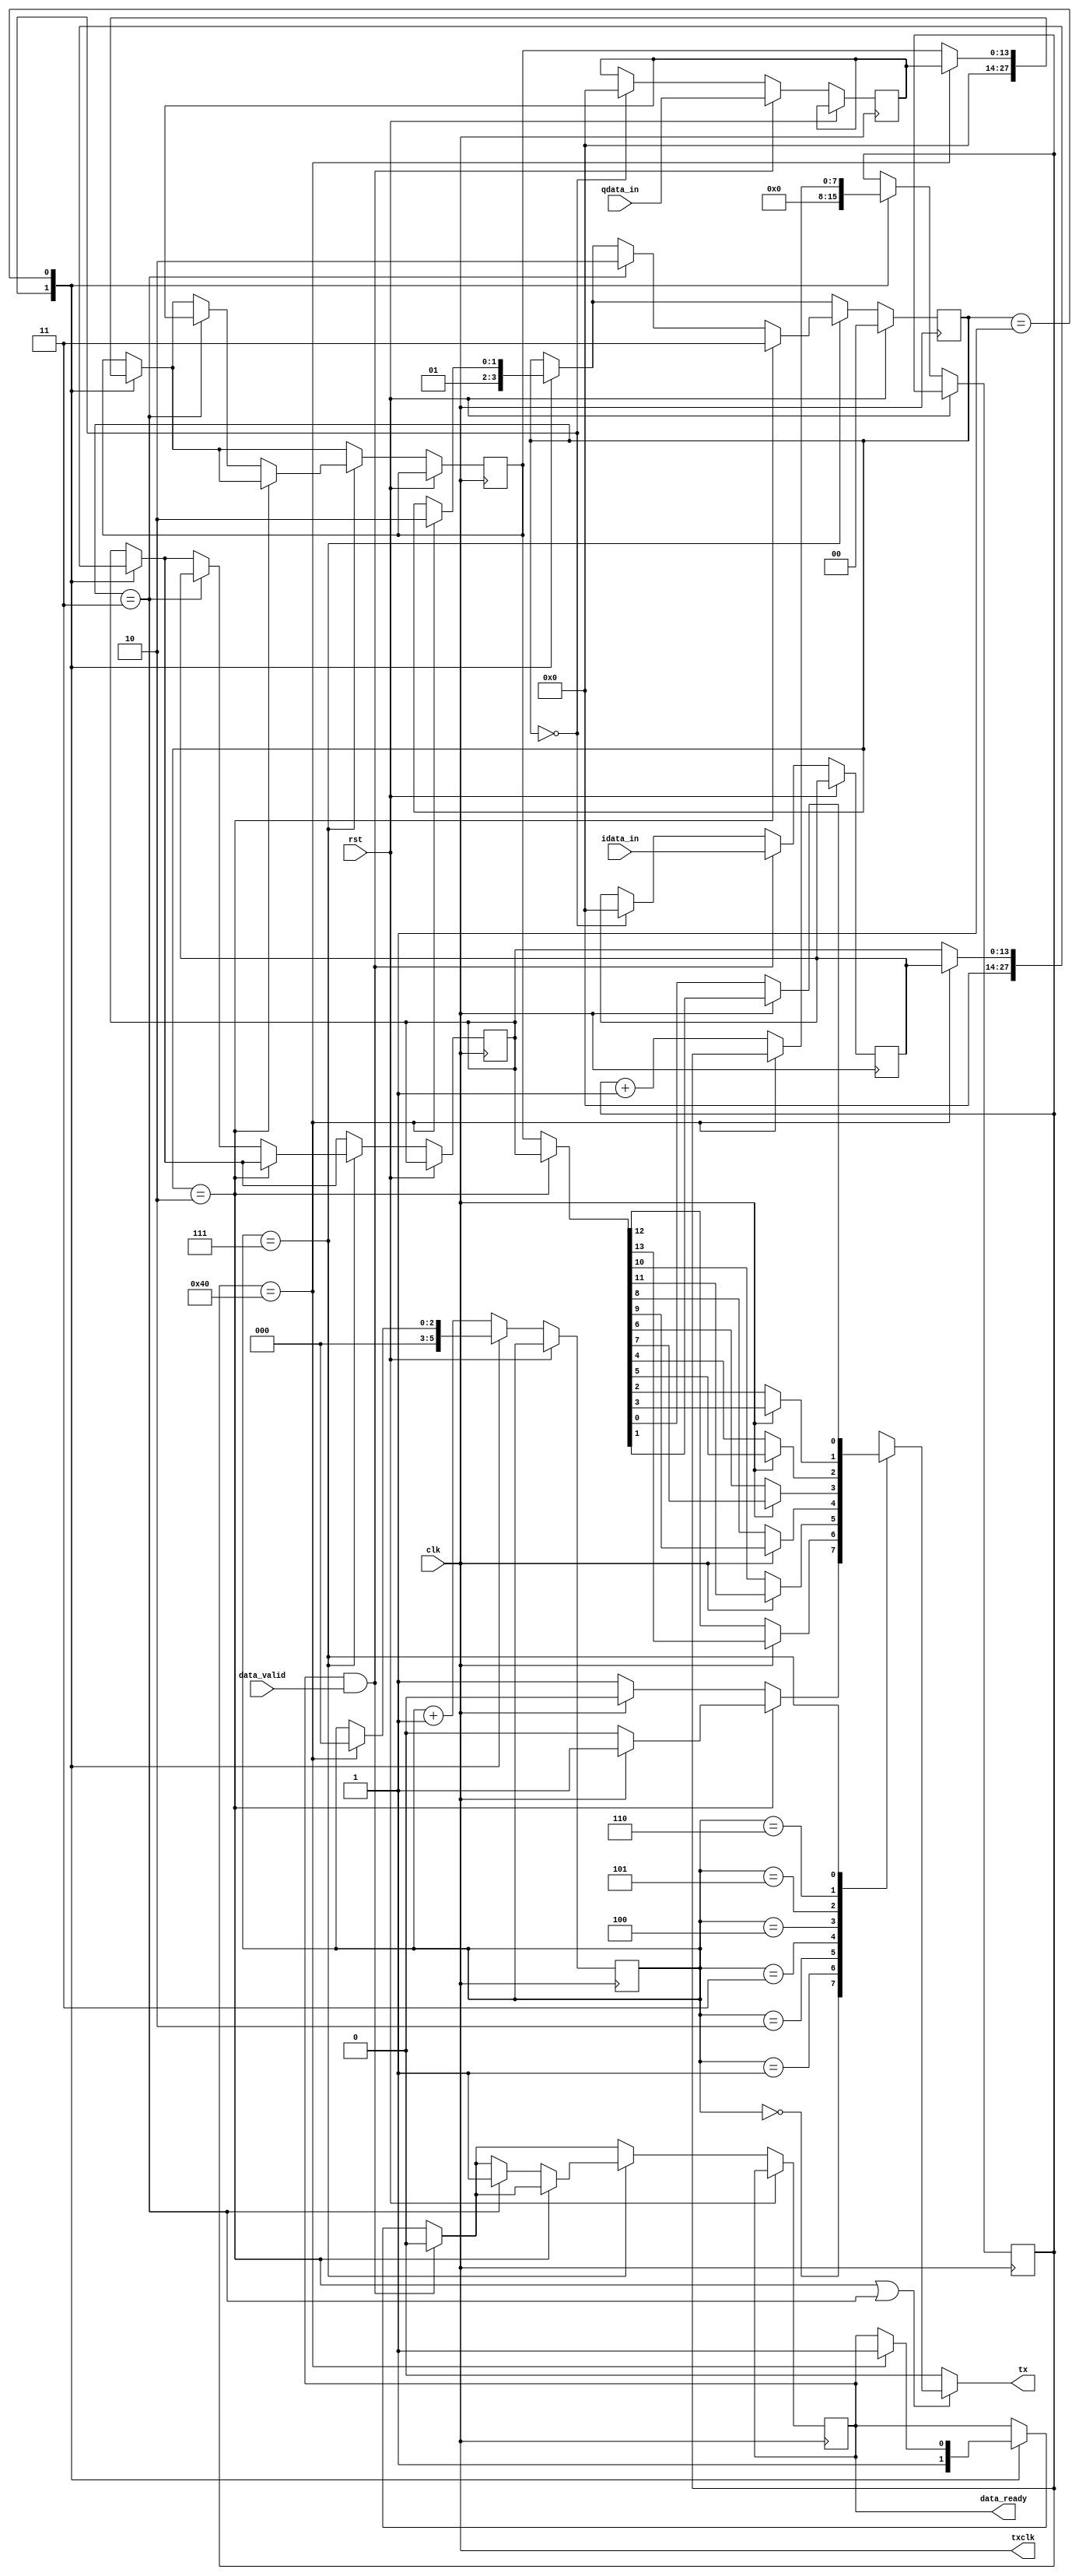
module Serializer(
    input clk,
    input rst,

    // Data inputs
    input[13:0] idata_in,
    input[13:0] qdata_in,
    input data_valid,
    output reg data_ready = 0,

    // LVDS outputs
    output txclk,
    output reg tx
);

    parameter WAIT_LEN = 8'd64;

    localparam STATE_INIT = 2'b00;
    localparam STATE_WAIT = 2'b01;
    localparam STATE_I_DATA = 2'b10;
    localparam STATE_Q_DATA = 2'b11;

    reg[1:0] state = STATE_INIT;

    reg[13:0] idata_reg = 0;
    reg[13:0] idata_next = 0;
    reg[13:0] qdata_reg = 0;
    reg[13:0] qdata_next = 0;
    wire[13:0] send_data;
    reg[2:0] tx_counter = 0;
    reg[7:0] wait_counter = 0;

    assign txclk = clk;
    assign send_data = (state == STATE_I_DATA) ? idata_reg : qdata_reg;

    always @(*) begin
        if (state == STATE_I_DATA || state == STATE_Q_DATA) begin
            case (tx_counter)
                3'b000: if (state == STATE_I_DATA) begin
                    tx = txclk ? 1'b1 : 1'b0;
                end else begin
                    tx = txclk ? 1'b0 : 1'b1;
                end
                3'b001: tx = txclk ? send_data[13] : send_data[12];
                3'b010: tx = txclk ? send_data[11] : send_data[10];
                3'b011: tx = txclk ? send_data[9] : send_data[8];
                3'b100: tx = txclk ? send_data[7] : send_data[6];
                3'b101: tx = txclk ? send_data[5] : send_data[4];
                3'b110: tx = txclk ? send_data[3] : send_data[2];
                3'b111: tx = txclk ? send_data[1] : send_data[0];
            endcase
        end else begin
            tx = 1'b0;
        end
    end

    always @(posedge clk) begin
        if (rst) begin
            state <= STATE_INIT;
        end else begin
            case (state)
                STATE_INIT: begin // Set to initial values
                    state <= STATE_WAIT;
                    wait_counter <= 0;
                    tx_counter <= 0;
                    data_ready <= 1;

                    idata_reg <= 14'b0;
                    qdata_reg <= 14'b0;
                    idata_next <= 14'b0;
                    qdata_next <= 14'b0;
                end
                STATE_WAIT: begin // Send zeros for a while
                    if (wait_counter == WAIT_LEN) begin
                        state <= STATE_I_DATA;
                        data_ready <= 1'b1;
                        tx_counter <= 3'b0000;
                        idata_reg <= idata_next;
                        qdata_reg <= qdata_next;
                    end else begin
                        wait_counter <= wait_counter + 1;
                    end
                end
                default: begin // STATE_I_DATA or STATE_Q_DATA
                    tx_counter <= tx_counter + 1;
                end
            endcase

            if (data_ready && data_valid) begin
                idata_next <= idata_in;
                qdata_next <= qdata_in;

                data_ready <= 1'b0;
            end

            if (tx_counter == 3'b111) begin
                if (state == STATE_I_DATA) begin
                    state <= STATE_Q_DATA;
                end else if (state == STATE_Q_DATA) begin
                    state <= STATE_I_DATA;

                    data_ready <= 1'b1;

                    idata_reg <= idata_next;
                    qdata_reg <= qdata_next;
                end
            end
        end
    end

endmodule